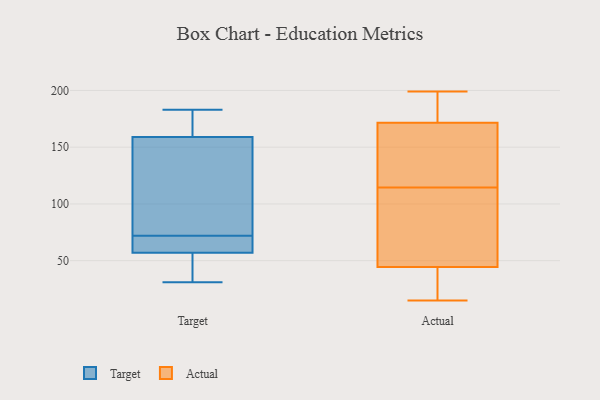
{"axis": {"x": "Shipments", "y": "Value"}, "legend": ["Actual", "Target"], "data": [{"x": "", "y": 168, "type": "Target"}, {"x": "", "y": 183, "type": "Target"}, {"x": "", "y": 87, "type": "Target"}, {"x": "", "y": 65, "type": "Target"}, {"x": "", "y": 31, "type": "Target"}, {"x": "", "y": 60, "type": "Target"}, {"x": "", "y": 67, "type": "Target"}, {"x": "", "y": 48, "type": "Target"}, {"x": "", "y": 31, "type": "Target"}, {"x": "", "y": 156, "type": "Target"}, {"x": "", "y": 115, "type": "Target"}, {"x": "", "y": 72, "type": "Target"}, {"x": "", "y": 175, "type": "Target"}, {"x": "", "y": 184, "type": "Actual"}, {"x": "", "y": 126, "type": "Actual"}, {"x": "", "y": 40, "type": "Actual"}, {"x": "", "y": 45, "type": "Actual"}, {"x": "", "y": 176, "type": "Actual"}, {"x": "", "y": 122, "type": "Actual"}, {"x": "", "y": 60, "type": "Actual"}, {"x": "", "y": 184, "type": "Actual"}, {"x": "", "y": 167, "type": "Actual"}, {"x": "", "y": 72, "type": "Actual"}, {"x": "", "y": 44, "type": "Actual"}, {"x": "", "y": 199, "type": "Actual"}, {"x": "", "y": 153, "type": "Actual"}, {"x": "", "y": 26, "type": "Actual"}, {"x": "", "y": 107, "type": "Actual"}, {"x": "", "y": 15, "type": "Actual"}]}